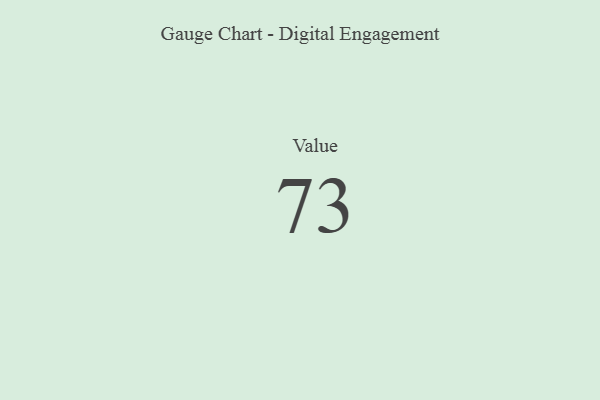
{"axis": {"x": "Metric", "y": "Value"}, "legend": [""], "data": [{"x": "Value", "y": 73, "type": ""}]}